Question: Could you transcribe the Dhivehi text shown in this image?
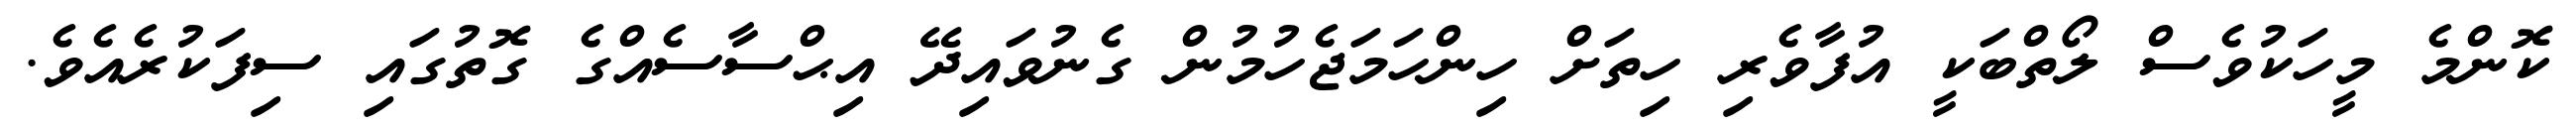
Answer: ކޮންމެ މީހަކުވެސް ލޯތްބަކީ އުފާވެރި ހިތަށް ހިންހަމަޖެހުމުން ގެނުވައިދޭ އިޙްސާސެއްގެ ގޮތުގައި ސިފަކުރެއެވެ.